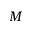
M